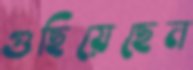
গুছিয়েছেন